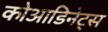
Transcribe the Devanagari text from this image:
कोआडिनेट्स